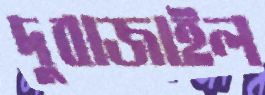
দুবাজাইল